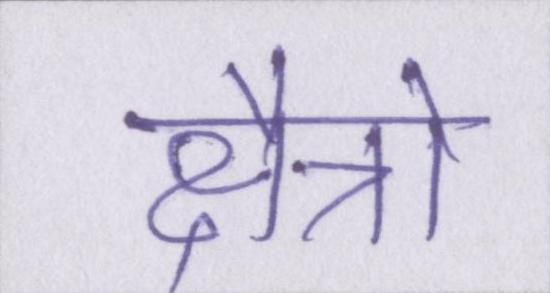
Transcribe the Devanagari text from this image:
क्षैत्रो